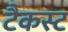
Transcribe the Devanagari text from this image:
टैकस्ट